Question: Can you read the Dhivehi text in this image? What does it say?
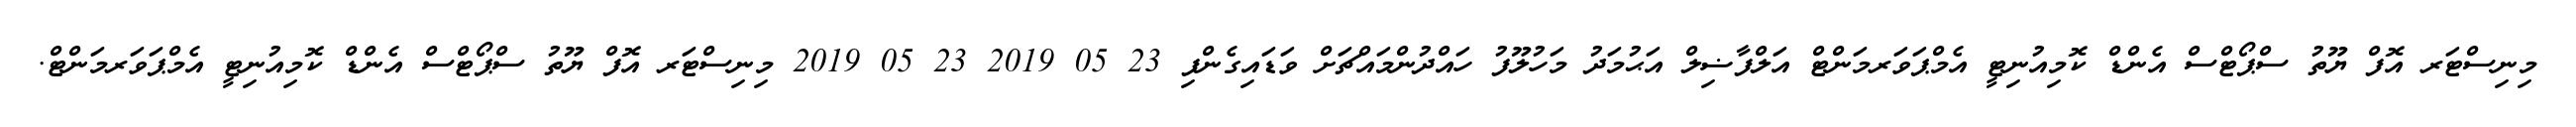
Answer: މިނިސްޓަރ އޮފް ޔޫތު ސްޕޯޓްސް އެންޑް ކޮމިއުނިޓީ އެމްޕަވަރމަންޓް އަލްފާޟިލް އަޙުމަދު މަހުލޫފު ހައްދުންމައްޗަށް ވަޑައިގެންފި 23 05 2019 23 05 2019 މިނިސްޓަރ އޮފް ޔޫތު ސްޕޯޓްސް އެންޑް ކޮމިއުނިޓީ އެމްޕަވަރމަންޓް.